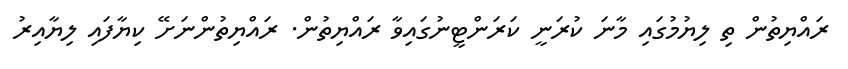
ރައްޔިތުން ތި ލިޔުމުގައި މާނަ ކުރަނީ ކަރަންޓީނުގައިވާ ރައްޔިތުން. ރައްޔިތުންނަށޭ ކިޔާފައި ލިޔާއިރު